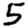
Digit: 5